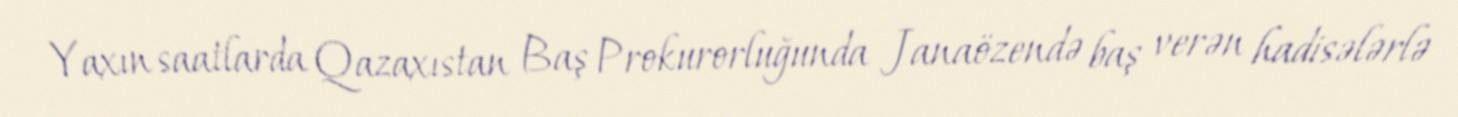
Yaxın saatlarda Qazaxıstan Baş Prokurorluğunda Janaözendə baş verən hadisələrlə